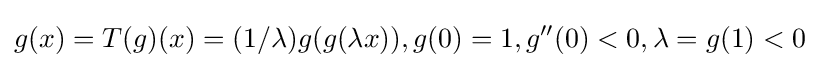
g(x)=T(g)(x)=(1/\lambda )g(g(\lambda x)),g(0)=1,g''(0)<0,\lambda =g(1)<0